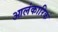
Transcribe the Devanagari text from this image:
आलंकारिक